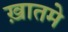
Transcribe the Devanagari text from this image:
ख़ातमे